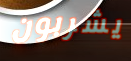
يشربون